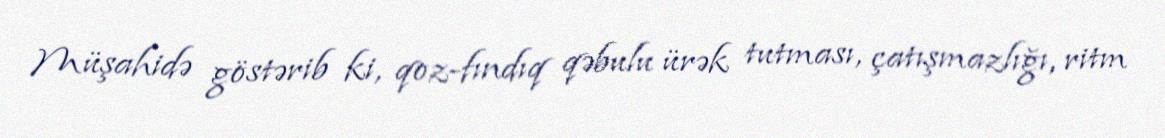
Müşahidə göstərib ki, qoz-fındıq qəbulu ürək tutması, çatışmazlığı, ritm